Calcutta medical institutions reports 1871-78
Year: 1871
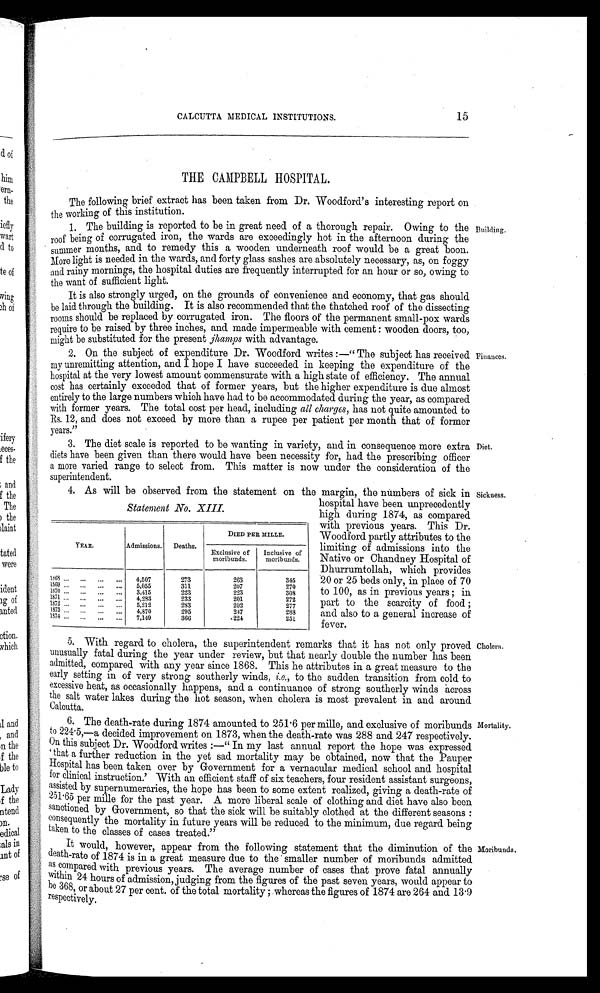
CALCUTTA MEDICAL INSTITUTIONS.
15
THE CAMPBELL HOSPITAL.
The following brief extract has been taken from Dr. Woodford's interesting report on
the working of this institution.
1. The building is reported to be in great need of a thorough repair. Owing to the
roof being of corrugated iron, the wards are exceedingly hot in the afternoon during the
summer months, and to remedy this a wooden underneath roof would be a great boon.
More light is needed in the wards, and forty glass sashes are absolutely necessary, as, on foggy
and rainy mornings, the hospital duties are frequently interrupted for an hour or so, owing to
the want of sufficient light.
Building.
It is also strongly urged, on the grounds of convenience and economy, that gas should
be laid through the building. It is also recommended that the thatched roof of the dissecting
rooms should be replaced by corrugated iron. The floors of the permanent small-pox wards
require to be raised by three inches, and made impermeable with cement : wooden doors, too,
might be substituted for the present , jhamps with advantage.
2. On the subject of expenditure Dr. Woodford writes :—" The subject has received
my unremitting attention, and I hope I have succeeded in keeping the expenditure of the
hospital at the very lowest amount commensurate with a high state of efficiency. The annual
cost has certainly exceeded that of former years, but the higher expenditure is due almost
entirely to the large numbers which have had to be accommodated during the year, as compared
with former years. The total cost per head, including all charges, has not quite amounted to
Rs. 12, and does not exceed by more than a rupee per patient per month that of former
years."
Finance,
3. The diet scale is reported to be wanting in variety, and in consequence more extra
diets have been given than there would have been necessity for, had the prescribing officer
a more varied range to select from. This matter is now under the consideration of the
superintendent.
Diet.
As will be observed from the statement on the margin, the numbers of sick in
hospital have been unprecedently
high during 1874, as compared
with previous years. This Dr.
Woodford partly attributes to the
limiting of admissions into the
Native or Chandney Hospital of
Dhurrumtollah, which provides
20 or 25 beds only, in place of 70
to 100, as in previous years ; in
part to the scarcity of food ;
and also to a general increase of
fever.
Sickness.
5. With regard to cholera, the superintendent remarks that it has not only proved
unusually fatal during the year under review, but that nearly double the number has been
admitted, compared with any year since 1868. This he attributes in a great measure to the
early setting in of very strong southerly winds, i.e. , to the sudden transition from cold to
excessive heat, as occasionally happens, and a continuance of strong southerly winds across
the salt water lakes during the hot season, when cholera is most prevalent in and around
Calcutta.
Cholera.
6. The death-rate during 1874 amounted to 251·6 per mille, and exclusive of moribunds
to 224·5,—a decided improvement on 1873, when the death-rate was 288 and 247 respectively.
On this subject Dr. -Woodford writes :—" In my last annual report the hope was expressed
'that a further reduction in the yet sad mortality may be obtained, now that the Pauper
Hospital has been taken over by Government for a vernacular medical school and hospital
for clinical instruction.' With an efficient staff of six teachers, four resident assistant surgeons,
assisted by supernumeraries, the hope has been to some extent realized, giving a death-rate of
251·65 per mille for the past year. A more liberal scale of clothing and diet have also been
sanctioned by Government, so that the sick will be suitably clothed at the different seasons :
consequently the mortality in future years will be reduced to the minimum, due regard being
taken to the classes of cases treated."
Mortality.
It would, however, appear from the following statement that the diminution of the
death-rate of 1874 is in a great measure due to the smaller number of moribunds admitted
as compared with previous years. The average number of cases that prove fatal annually
within 24 hours of admission, judging from the figures of the past seven years, would appear to
be 368, or about 27 per cent. of the total mortality ; whereas the figures of 1874 are 264 and 13·9
respectively.
Moribunds.
Statement No. XIII.
YE/R.
Admissions. Deaths.
DIED PER MILLE.
Exclusive of
moribunds.
Inclusive of
moribunds.
1808 .„
... ... 4,507
273
203
345
1869 ... ...
5,055
311
207
'270
1870 ...
3,415
223
223
308
... ... ...
1871 -• •-
4,283
233
201
272
... ...
1872 .. ... ... ... 5,212
283
202
277
i873 ... -
4 870
295
247
288
1874 ...
7 140
366
.221
251